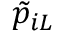
\tilde { p } _ { i L }